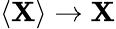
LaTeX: \langle\mathbf{X}\rangle\rightarrow\mathbf{X}